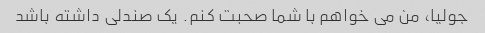
جولیا، من می خواهم با شما صحبت کنم. یک صندلی داشته باشد